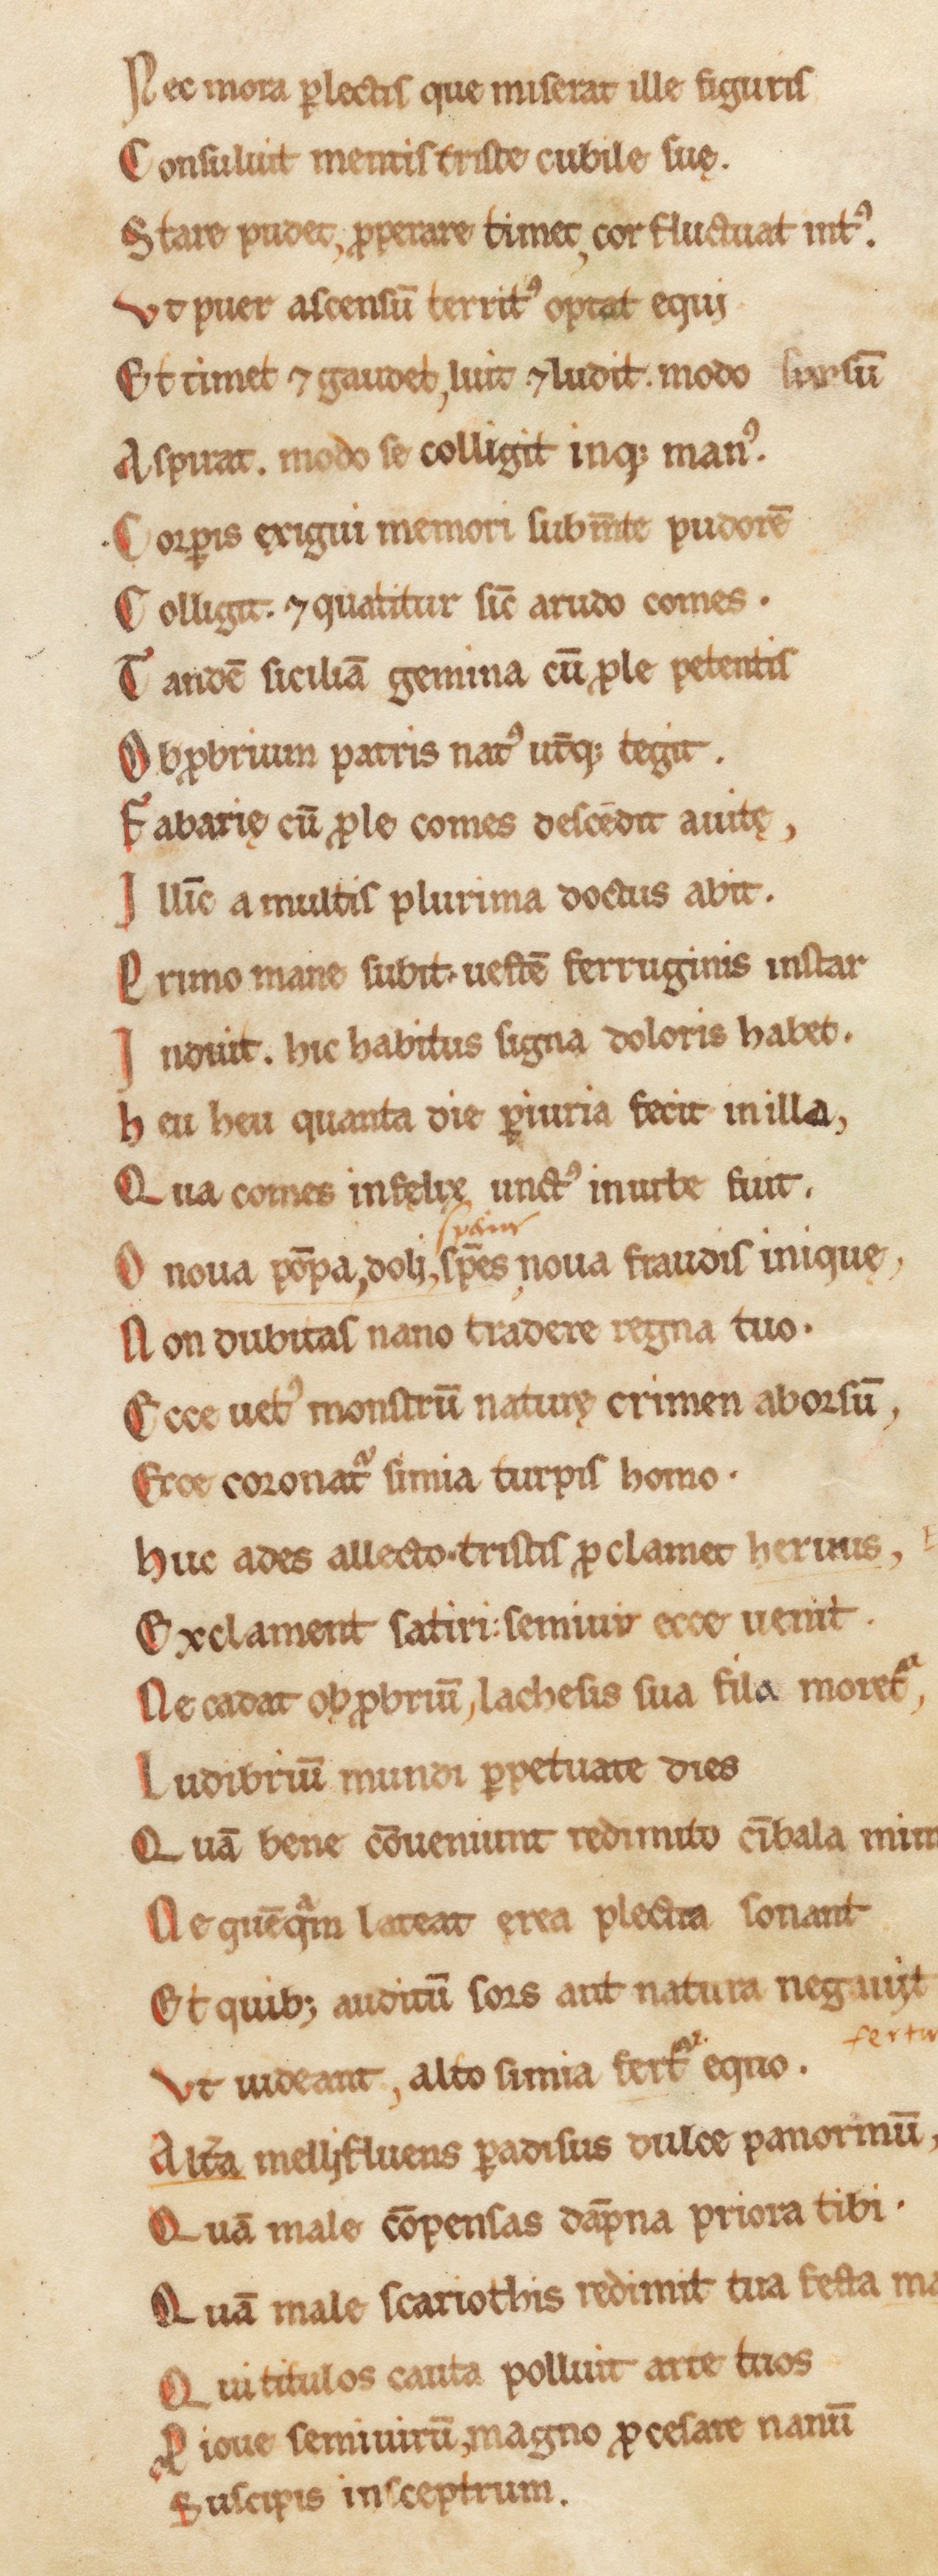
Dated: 1180–1199